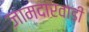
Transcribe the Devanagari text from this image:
जामदारवाडी